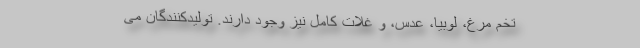
تخم مرغ، لوبیا، عدس، و غلات کامل نیز وجود دارند. تولیدکنندگان می